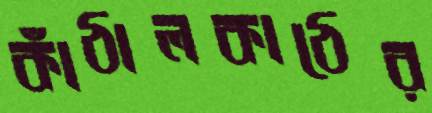
কাঁঠালকাঠের